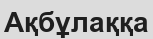
Ақбұлаққа